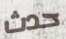
حدث